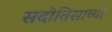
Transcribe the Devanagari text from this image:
सदोतिसाव्या